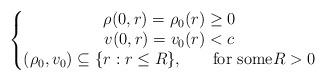
\begin{align*}\left\{\begin{matrix}\rho(0,r)=\rho_{0}(r)\geq0\\v(0,r)=v_{0}(r)<c\\(\rho_{0},v_{0})\subseteq\{r:r\leq R\}\text{, \ \ \ \ \ for some}R>0\end{matrix}\right. \end{align*}